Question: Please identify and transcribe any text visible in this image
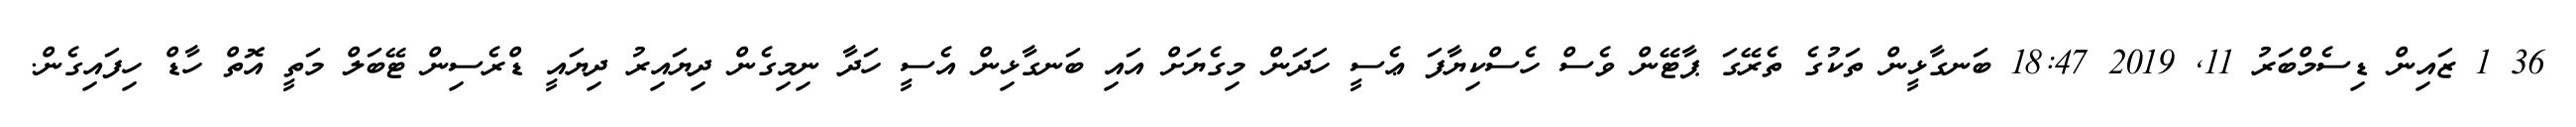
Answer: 36 1 ޒައިން ޑިސެމްބަރު 11, 2019 18:47 ބަނގާޅީން ތަކުގެ ތެރޭގަ ޕާޓޭން ވެސް ހެސްކިޔާފަ ޢެސީ ހަދަން މިގެޔަށް އައި ބަނގާޅިން އެސީ ހަދާ ނިމިގެން ދިޔައިރު ދިޔައީ ޑްރެސިން ޓޭބަލް މަތީ އޮތް ހާޑް ހިފައިގެން.